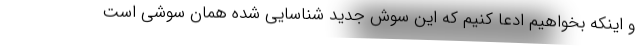
و اینکه بخواهیم ادعا کنیم که این سوش جدید شناسایی شده همان سوشی است